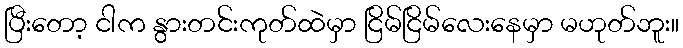
ပြီးတော့ ငါက နွားတင်းကုတ်ထဲမှာ ငြိမ်ငြိမ်လေးနေမှာ မဟုတ်ဘူး။